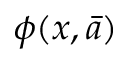
\phi ( x , { \bar { a } } )